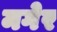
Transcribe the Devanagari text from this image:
मगेर